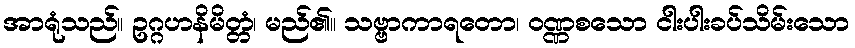
အာရုံသည်။ ဥဂ္ဂဟနိမိတ္တံ၊ မည်၏။ သဗ္ဗာကာရတော၊ ဝဏ္ဏစသော ငါးပါးခပ်သိမ်းသော